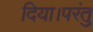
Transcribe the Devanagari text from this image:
दिया।परंतु